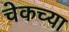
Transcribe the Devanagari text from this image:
चेकच्या